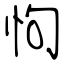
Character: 怐